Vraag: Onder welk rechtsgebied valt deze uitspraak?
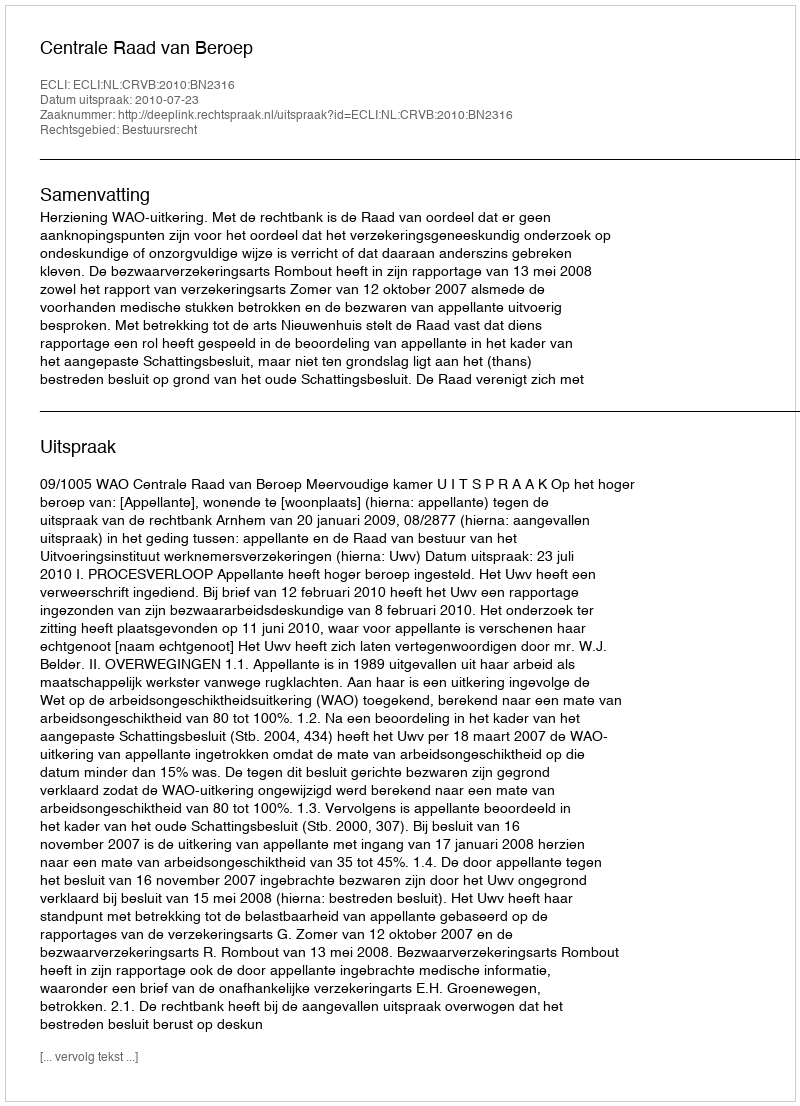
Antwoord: Bestuursrecht